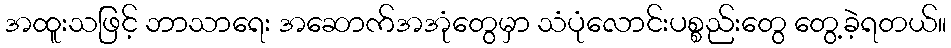
အထူးသဖြင့် ဘာသာရေး အဆောက်အအုံတွေမှာ သံပုံလောင်းပစ္စည်းတွေ တွေ့ခဲ့ရတယ်။